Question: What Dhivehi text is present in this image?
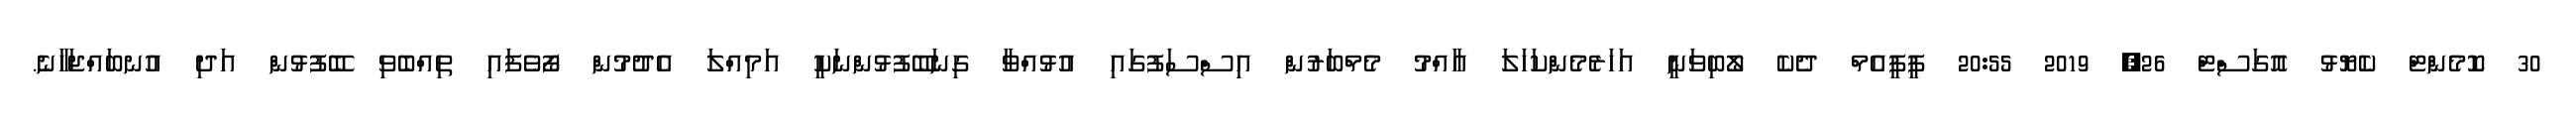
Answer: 30 ކޮމެންޓް ކެޔޮޅު އޮގަސްޓް 26, 2019 20:55 ޕީޕީއެމް ދެކެ ލޯބިވަނީ އަހަރެމެންކަހަލަ އާއްމު މެމްބަރުން އިސްސަފުގައި އުޅުއްވާ ގިނަބޭފުޅުންނަކީ އަމިއްލަ އެދުމުން ފޯވެފައި ތިއްބެވި ބޭފުޅުން އަދި އުނބައްޖަހާނެ.